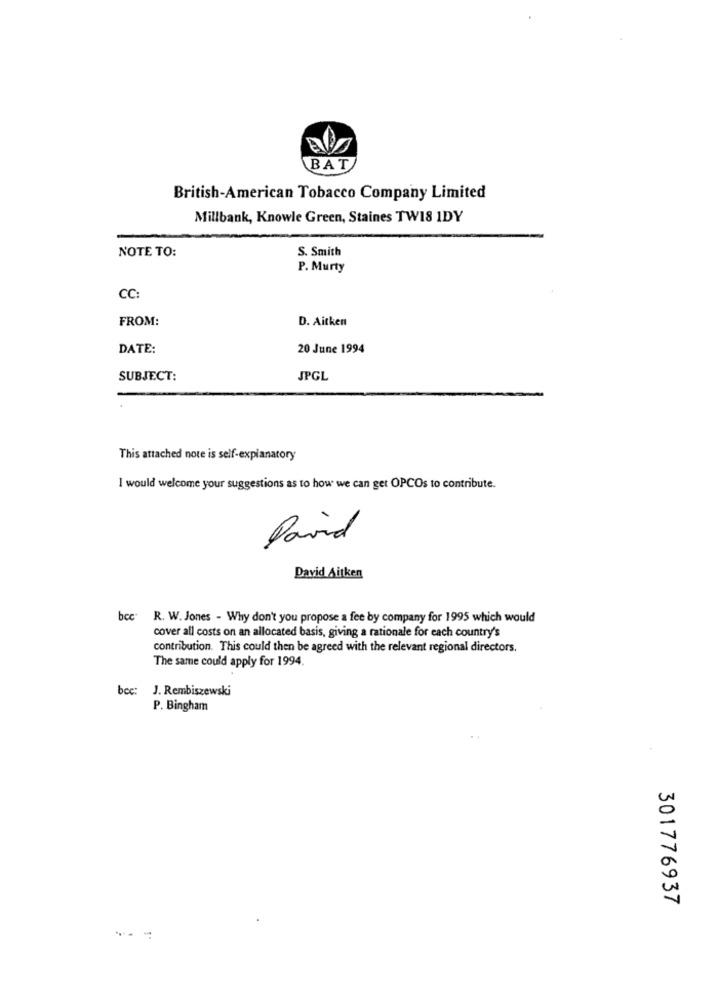
BAT
British-American Tobacco Company Limited
Millbank, Knowle Green, Staines TW18 IDY
NOTE TO:
S. Smith
P. Murty
CC
FROM:
D. Aitken
DATE:
20 June 1994
SUBJECT:
JPGL
This attached note is self-explanatory
I would welcome your suggestions as to how we can get OPCOs to contribute.
David
David Aitken
bcc. R. W. Jones - Why don't you propose a fee by company for 1995 which would
cover all costs on an allocated basis, giving a rationale for each country's
contribution. This could then be agreed with the relevant regional directors.
The same could apply for 1994.
bcc: J. Rembiszewski
P. Bingham
301776937